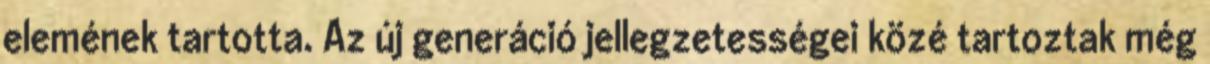
elemének tartotta. Az új generáció jellegzetességei közé tartoztak még